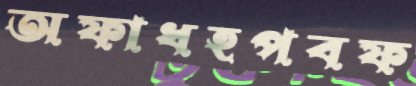
অফাধহপবফ